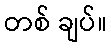
တစ် ချပ်။